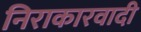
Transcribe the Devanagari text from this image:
निराकारवादी